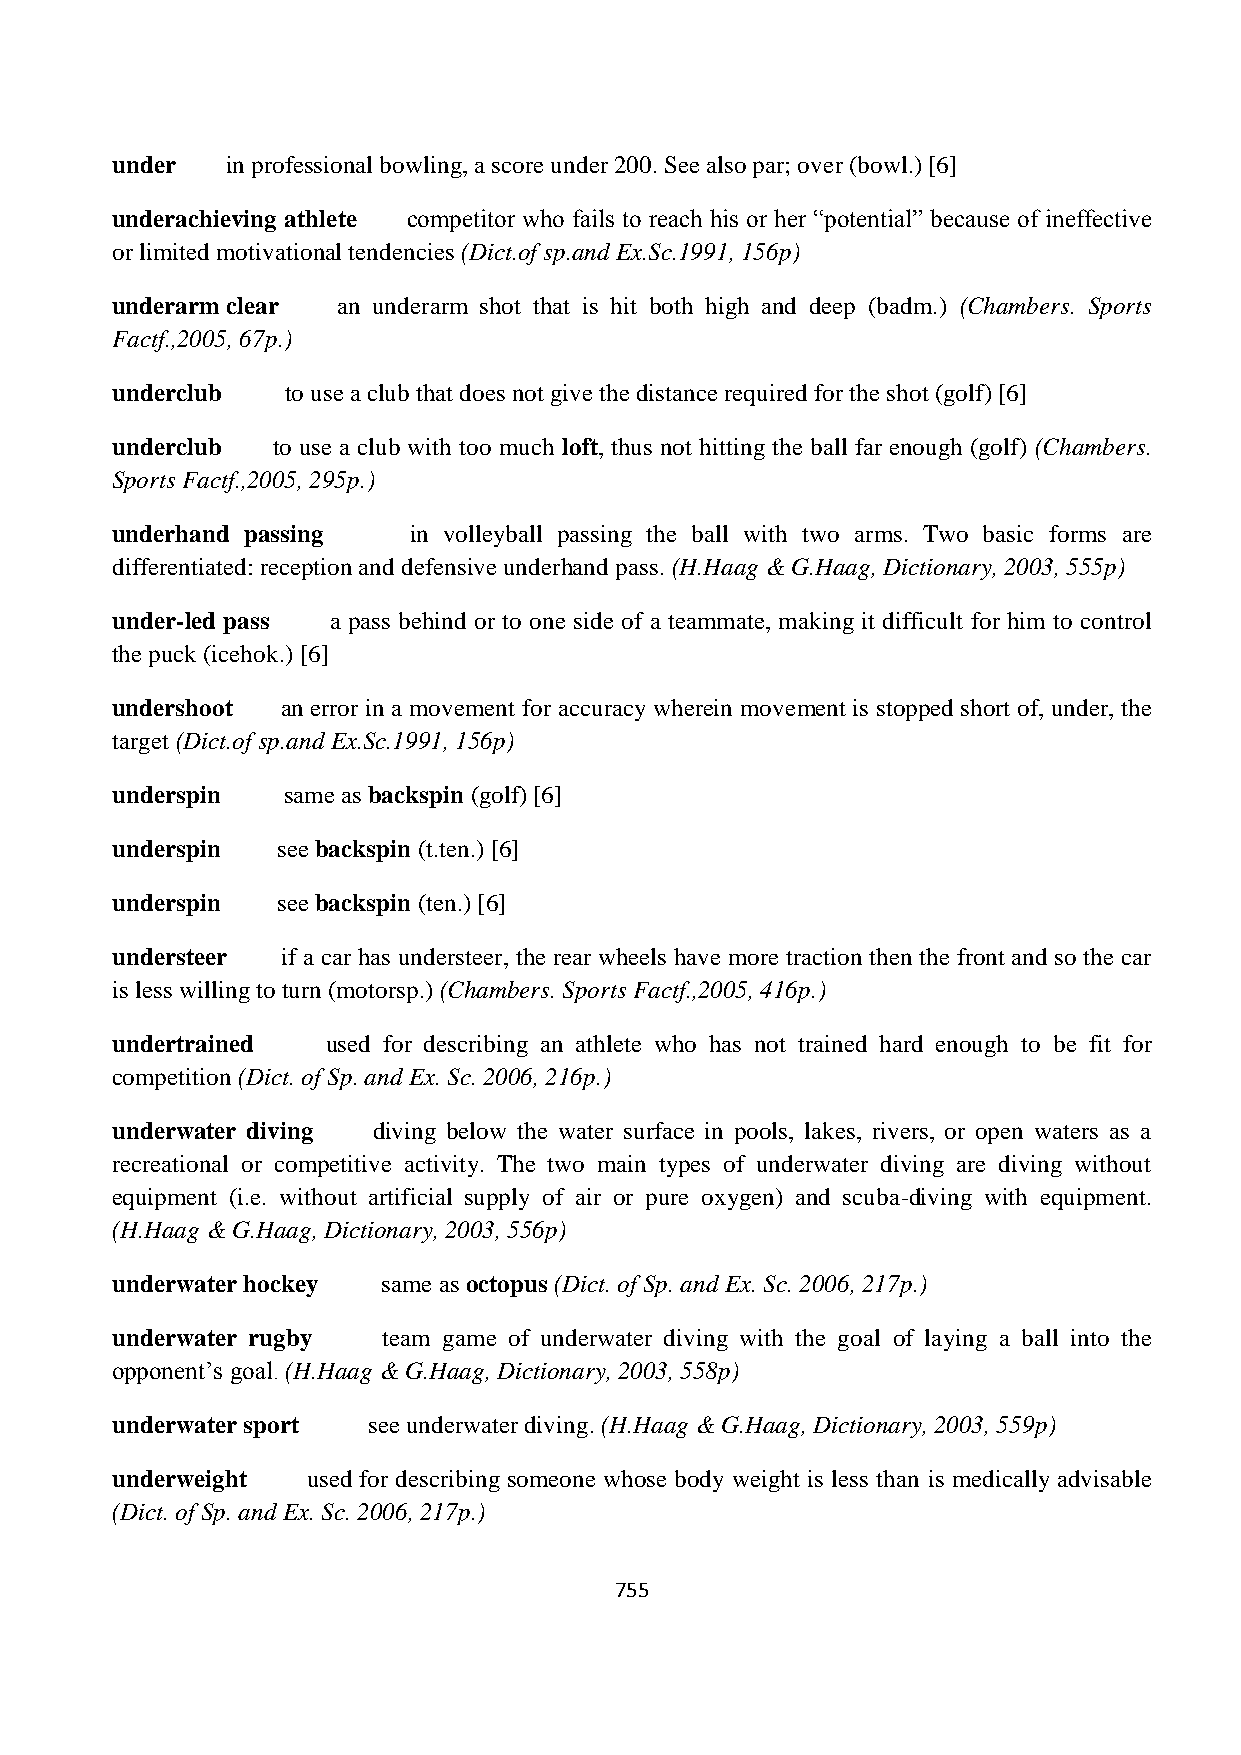
under   in professional bowling, a score under 200. See also par; over (bowl.) [6]
 underachieving athlete competitor who fails to reach his or her “potential” because of ineffective
 or limited motivational tendencies (Dict.of sp.and Ex.Sc.1991, 156p)
 underarm clear an underarm shot that is hit both high and deep (badm.) (Chambers. Sports
 Factf.,2005, 67p.)
 underclub   to use a club that does not give the distance required for the shot (golf) [6]
 underclub  to use a club with too much loft, thus not hitting the ball far enough (golf) (Chambers.
 Sports Factf.,2005, 295p.)
 underhand passing   in volleyball passing the ball with two arms. Two basic forms are
 differentiated: reception and defensive underhand pass. (H.Haag & G.Haag, Dictionary, 2003, 555p)
 under-led pass a pass behind or to one side of a teammate, making it difficult for him to control
 the puck (icehok.) [6]
 undershoot  an error in a movement for accuracy wherein movement is stopped short of, under, the
 target (Dict.of sp.and Ex.Sc.1991, 156p)
 underspin   same as backspin (golf) [6]
 underspin  see backspin (t.ten.) [6]
 underspin  see backspin (ten.) [6]
 understeer  if a car has understeer, the rear wheels have more traction then the front and so the car
 is less willing to turn (motorsp.) (Chambers. Sports Factf.,2005, 416p.)
 undertrained   used for describing an athlete who has not trained hard enough to be fit for
 competition (Dict. of Sp. and Ex. Sc. 2006, 216p.)
 underwater diving diving below the water surface in pools, lakes, rivers, or open waters as a
 recreational or competitive activity. The two main types of underwater diving are diving without
 equipment (i.e. without artificial supply of air or pure oxygen) and scuba-diving with equipment.
 (H.Haag & G.Haag, Dictionary, 2003, 556p)
 underwater hockey same as octopus (Dict. of Sp. and Ex. Sc. 2006, 217p.)
 underwater rugby  team game of underwater diving with the goal of laying a ball into the
 opponent‟s goal. (H.Haag & G.Haag, Dictionary, 2003, 558p)
 underwater sport see underwater diving. (H.Haag & G.Haag, Dictionary, 2003, 559p)
 underweight  used for describing someone whose body weight is less than is medically advisable
 (Dict. of Sp. and Ex. Sc. 2006, 217p.)
 755